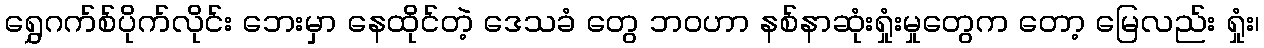
ရွှေဂက်စ်ပိုက်လိုင်း ဘေးမှာ နေထိုင်တဲ့ ဒေသခံ တွေ ဘဝဟာ နစ်နာဆုံးရှုံးမှုတွေက တော့ မြေလည်း ရှုံး၊